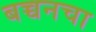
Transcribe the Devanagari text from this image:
बच्चनचा